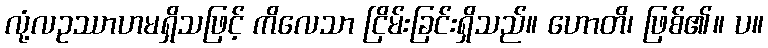
လုံ့လဥဿာဟမရှိသဖြင့် ကိလေသာ ငြိမ်းခြင်းရှိသည်။ ဟောတိ၊ ဖြစ်၏။ ပ။